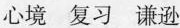
心境 复习 谦逊